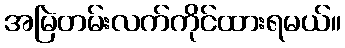
အမြဲတမ်းလက်ကိုင်ထားရမယ်။